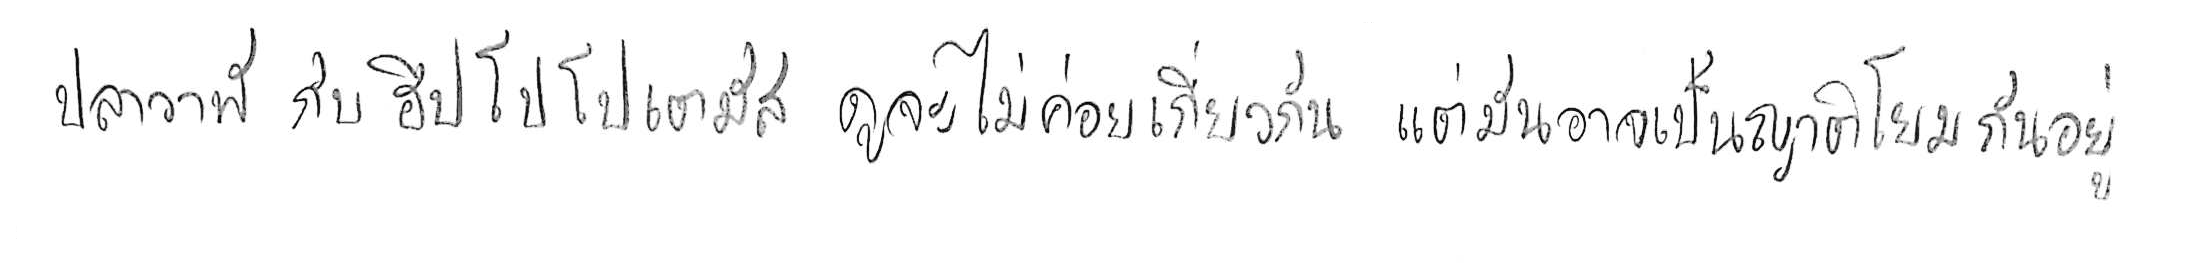
ปลาวาฬ กับ ฮิปโปโปเตมัส ดูจะไม่ค่อยเกี่ยวกัน แต่มันอาจเป็นญาติโยมกันอยู่